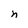
Character: n